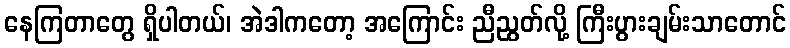
နေကြတာတွေ ရှိပါတယ်၊ အဲဒါကတော့ အကြောင်း ညီညွတ်လို့ ကြီးပွားချမ်းသာတောင်